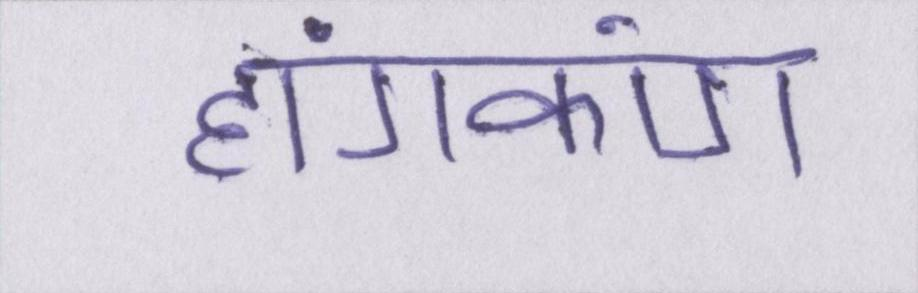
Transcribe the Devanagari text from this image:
हांगकांग